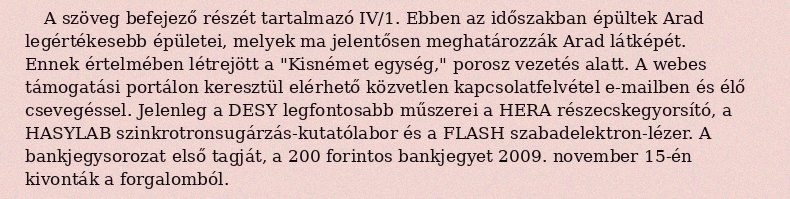
A szöveg befejező részét tartalmazó IV/1. Ebben az időszakban épültek Arad legértékesebb épületei, melyek ma jelentősen meghatározzák Arad látképét. Ennek értelmében létrejött a "Kisnémet egység," porosz vezetés alatt. A webes támogatási portálon keresztül elérhető közvetlen kapcsolatfelvétel e-mailben és élő csevegéssel. Jelenleg a DESY legfontosabb műszerei a HERA részecskegyorsító, a HASYLAB szinkrotronsugárzás-kutatólabor és a FLASH szabadelektron-lézer. A bankjegysorozat első tagját, a 200 forintos bankjegyet 2009. november 15-én kivonták a forgalomból.